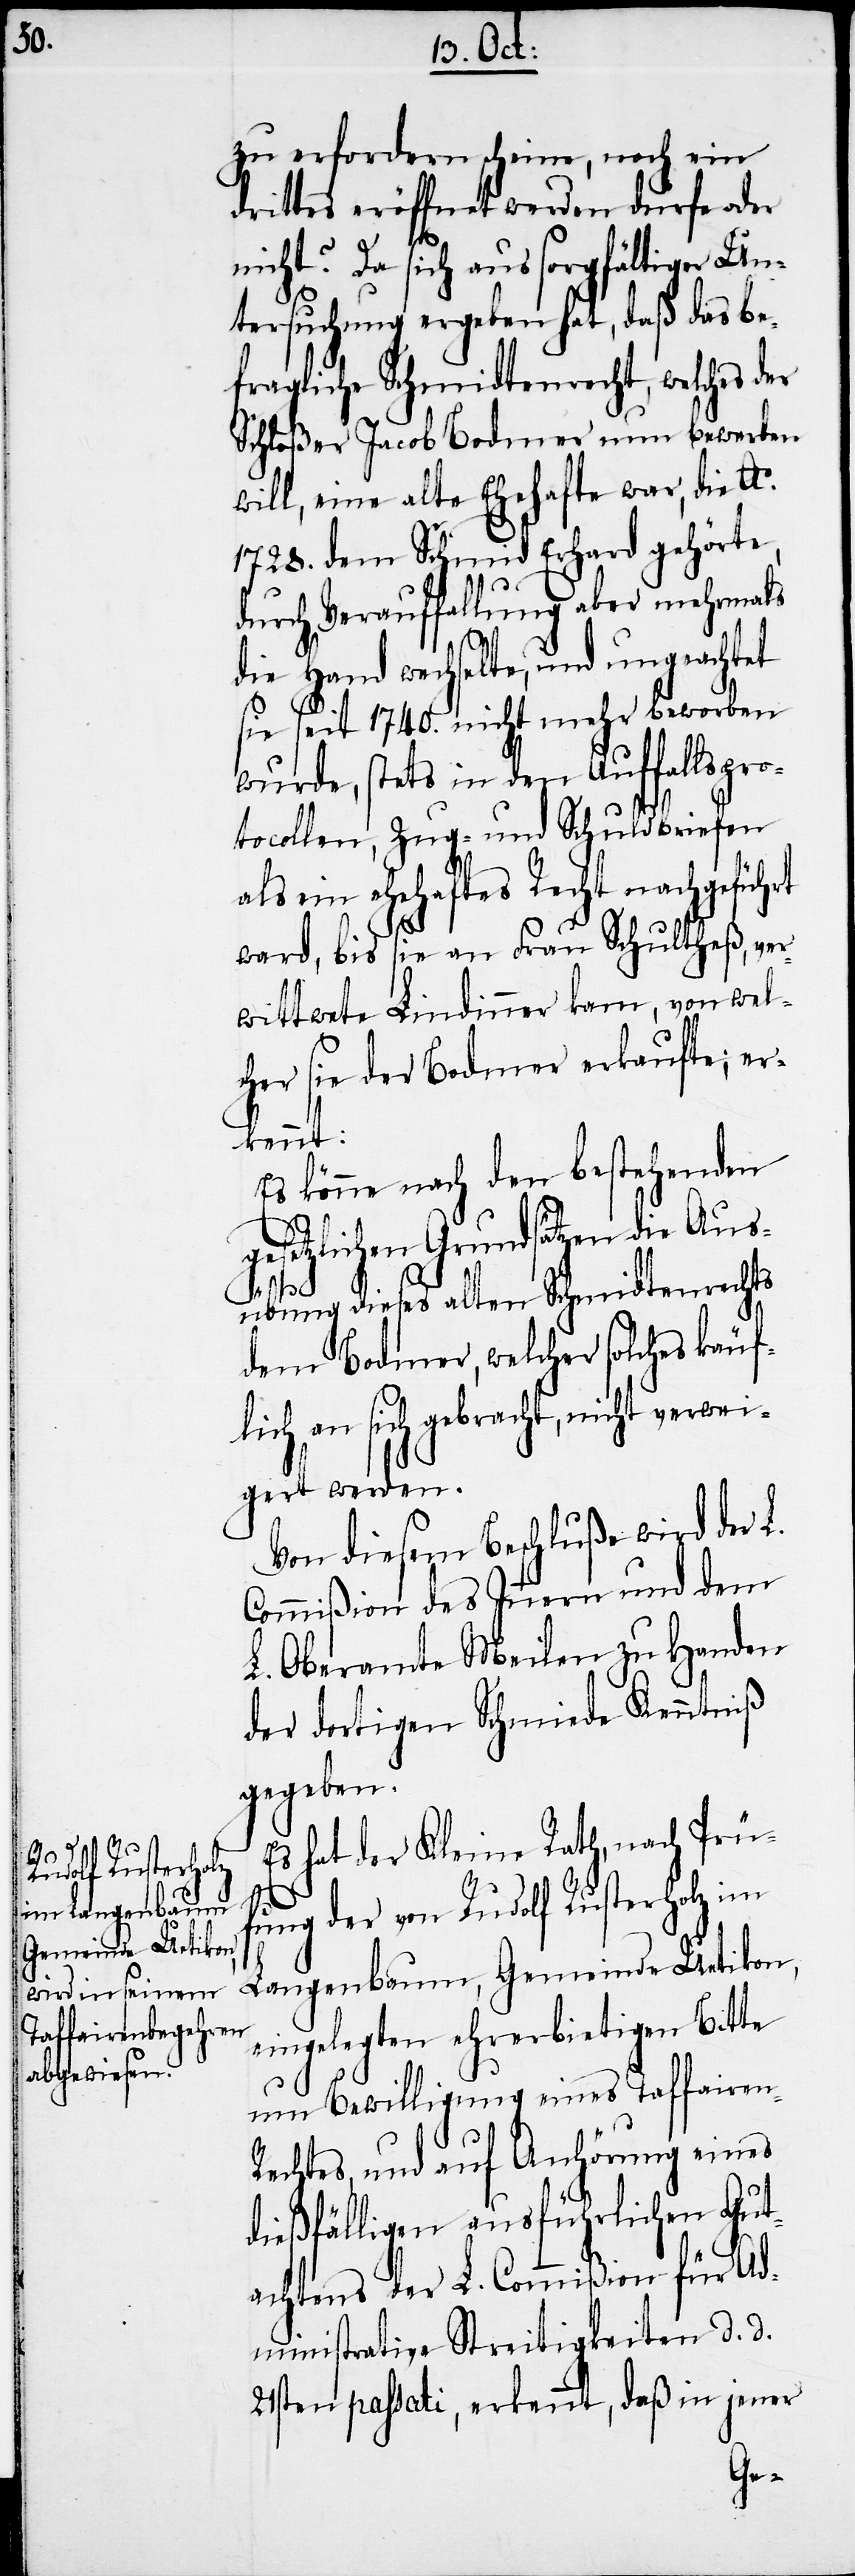
zu erfordern scheine, noch ein
drittes eröffnet werden dürfe oder
nicht? Da sich aus sorgfältiger Un¬
tersuchung ergeben hat, daß das be¬
fragliche Schmidtenrecht, welches der
Schloßer Jacob Bodmer nun bewerben
will, eine alte Ehehafte war, die Ao.
1728. dem Schmid Erhard gehörte,
durch Verauffallung aber mehrmals
die Hand wechselte, und ungeachtet
sie seit 1740. nicht mehr beworben
wurde, stets in den Auffallspro¬
tocollen, Zug- und Schuldbriefen
als ein ehehaftes Recht nachgeführt
ward, bis sie an Frau Schultheß, ver¬
wittwete Lindinner kam, von wel¬
cher sie der Bodmer erkaufte; er¬
kennt:
Es könne nach den bestehenden
gesetzlichen Grundsätzen die Aus¬
übung dieses alten Schmidtenrechts
dem Bodmer, welcher solches käuf¬
lich an sich gebracht, nicht verwei¬
gert werden.
Von diesem Beschluße wird der
Commißion des Innern und dem
L. Oberamte Meilen zu Handen
der dortigen Schmiede Kenntniß
gegeben.
Es hat der Kleine Rath, nach Prü¬
fung der von Rudolf Rusterholz im
Langenbaum, Gemeinde Uetikon,
eingelegten ehrerbietigen Bitte
um Bewilligung eines Taffairen-R¬
echtes, und auf Anhörung eines
dießfälligen ausführlichen Gut¬
achtens der L. Commißion für Ad¬
ministrative Streitigkeiten d. d.
21sten passati, erkennt, daß in jener